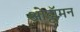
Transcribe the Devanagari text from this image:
ओट्टॉमन